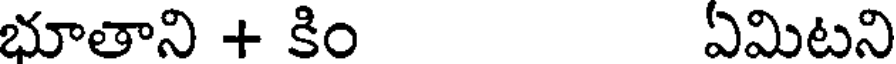
భూతాని + కిం ఏమిటని